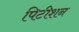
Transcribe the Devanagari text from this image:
पिटीशन